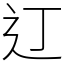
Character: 𫟧